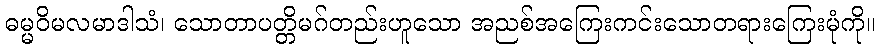
ဓမ္မဝိမလမာဒါသံ၊ သောတာပတ္တိမဂ်တည်းဟူသော အညစ်အကြေးကင်းသောတရားကြေးမုံကို။